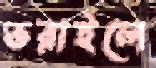
ভরাইলে